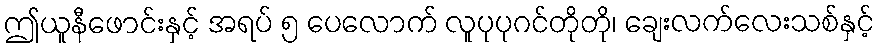
ဤယူနီဖောင်းနှင့် အရပ် ၅ ပေလောက် လူပုပုဂင်တိုတို၊ ချေးလက်လေးသစ်နှင့်